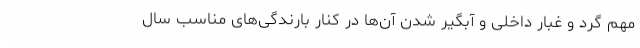
مهم گرد و غبار داخلی و آبگیر شدن آن‌ها در کنار بارندگی‌های مناسب سال